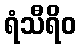
ရံသီရိဝ